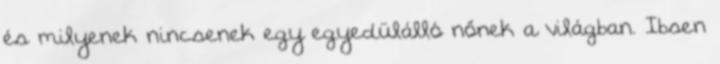
és milyenek nincsenek egy egyedülálló nőnek a világban. Ibsen